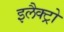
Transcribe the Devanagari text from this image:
इलैक्ट्रो